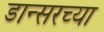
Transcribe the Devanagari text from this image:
डान्सरच्या